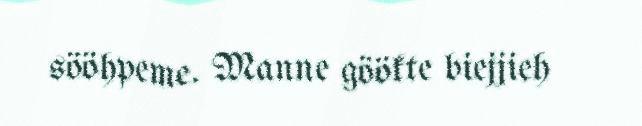
sööhpeme. Manne göökte biejjieh